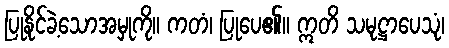
ပြုနိုင်ခဲ့သောအမှုကို။ ကတံ၊ ပြုပေ၏။ ဣတိ သမုဋ္ဌာပေသုံ၊